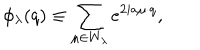
\phi _ { \lambda } ( q ) \equiv \sum _ { \mu \in W _ { \lambda } } e ^ { 2 i a \mu \cdot q } ,